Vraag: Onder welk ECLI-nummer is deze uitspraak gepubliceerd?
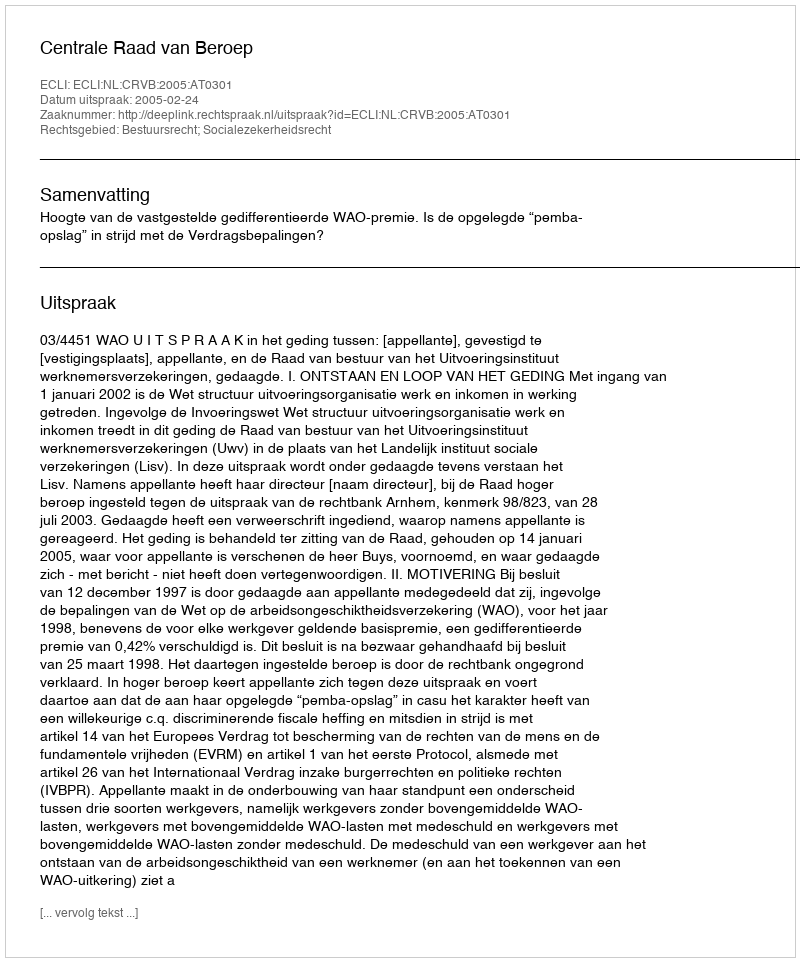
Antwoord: ECLI:NL:CRVB:2005:AT0301